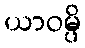
ယာဝမ္ပိ